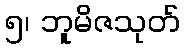
၅၊ ဘူမိဇသုတ်